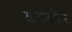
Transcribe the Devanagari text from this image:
अकुइफेर